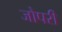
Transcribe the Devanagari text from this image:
जोपरी